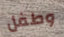
وطفل